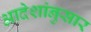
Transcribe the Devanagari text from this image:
आदेशांनुसार